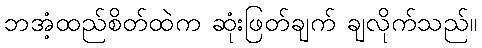
ဘအံ့ထည်စိတ်ထဲက ဆုံးဖြတ်ချက် ချလိုက်သည်။